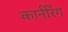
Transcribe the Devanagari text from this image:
कार्नरिंग